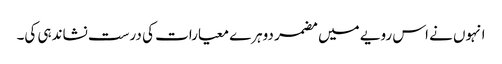
انہوں نے اس رویے میں مضمر دوہرے معیارات کی درست نشاندہی کی۔